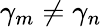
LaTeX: \gamma_{m}\neq\gamma_{n}